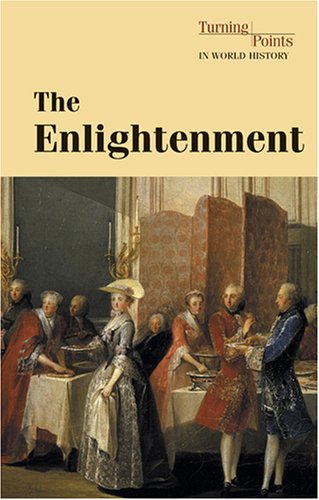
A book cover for The Enlightenment (Turning Points in World History); Teen & Young Adult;